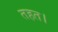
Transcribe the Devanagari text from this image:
तहत।